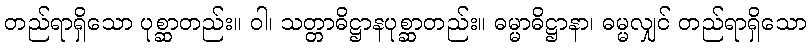
တည်ရာရှိသော ပုစ္ဆာတည်း။ ဝါ၊ သတ္တာဓိဋ္ဌာနပုစ္ဆာတည်း။ ဓမ္မာဓိဋ္ဌာနာ၊ ဓမ္မလျှင် တည်ရာရှိသော